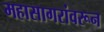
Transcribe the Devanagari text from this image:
महासागरांवरून